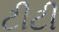
ટીટી